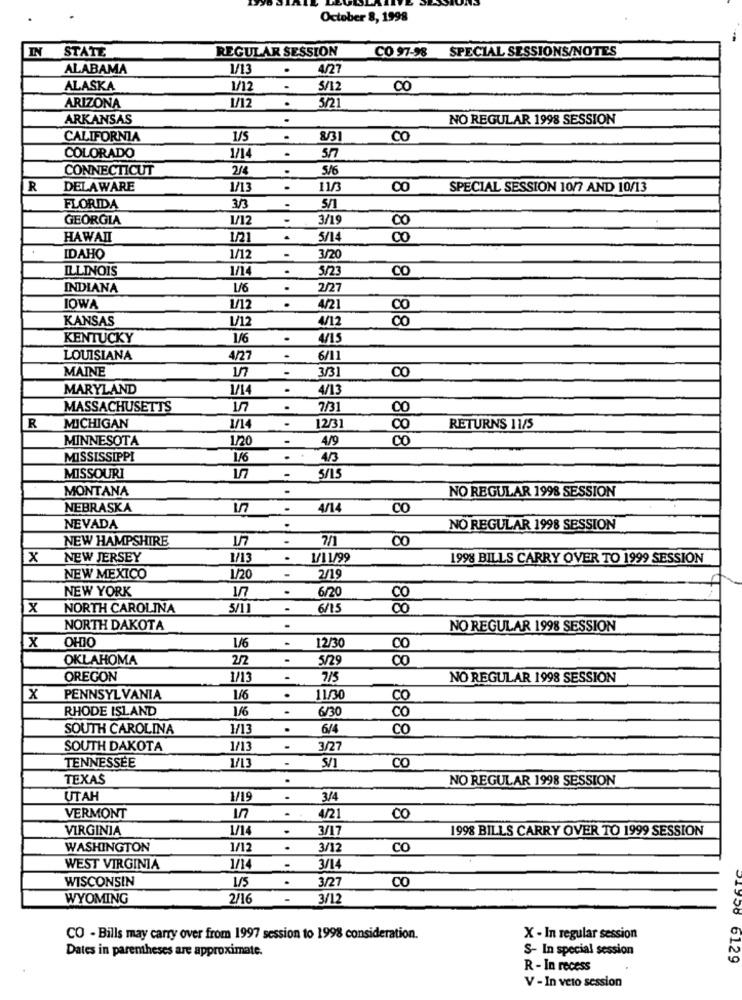
October 8, 1998
IN
STATE
REGULAR SESSION
CO 97-98 SPECIAL SESSIONS/NOTES
ALABAMA
1/13
.
4/27
ALASKA
1/12
.
5/12
CO
ARIZONA
1/12
.
5/21
ARKANSAS
.
NO REGULAR 1998 SESSION
CALIFORNIA
.
8/31
CO
COLORADO
5/7
1/14
.
CONNECTICUT
2/4
.
5/6
R
DELAWARE
1/13
11/3
CO
SPECIAL SESSION 10/7 AND 10/13
FLORIDA
3/3
.
GEORGIA
1/12
3/19
HAWAII
1/2
5/14
Co
IDAHO
1/12
3/20
ILLINOIS
1/14
.
5/23
CO
INDIANA
1/6
.
2/27
IOWA
1/12
4/21
CO
KANSAS
1/12
4/12
co
KENTUCKY
1/6
.
LOUISIANA
4/27
.
6/11
MAINE
-
3/31
CO
MARYLAND
1/14
.
4/13
MASSACHUSETTS
.
7/31
00
R
MICHIGAN
1/14
12/31
RETURNS 11/5
MINNESOTA
1/20
4/9
CO
MISSISSIPPI
.
4/3
MISSOURI
1/7
5/15
MONTANA
.
NO REGULAR 1998 SESSION
NEBRASKA
1/7
.
4/14
CO
NEVADA
NO REGULAR 1998 SESSION
NEW HAMPSHIRE
1/7
CO
x
NEW JERSEY
1/13
.
1/11/99
1998 BILLS CARRY OVER TO 1999 SESSION
NEW MEXICO
1/20
-
2/19
NEW YORK
177
.
6/20
CO
x
NORTH CAROLINA
.
6/15
CO
NORTH DAKOTA
.
NO REGULAR 1998 SESSION
OHIO
1/6
-
X
12/30
OKLAHOMA
2/2
5/29
8181
OREGON
1/13
7/5
NO REGULAR 1998 SESSION
X
PENNSYLVANIA
1/6
.
11/30
CO
RHODE ISLAND
1/6
.
6/30
co
SOUTH CAROLINA
1/13
.
6/4
CO
SOUTH DAKOTA
1/13
3/27
TENNESSEE
.
S/1
CO
TEXAS
NO REGULAR 1998 SESSION
UTAH
1/19
.
3/4
VERMONT
4/21
CO
VIRGINIA
1/14
3/17
1998 BILLS CARRY OVER TO 1999 SESSION
WASHINGTON
1/12
.
3/12
CO
WEST VIRGINIA
1/14
.
3/14
WISCONSIN
1/5
.
3/27
CO
WYOMING
2/16
-
3/12
CO - Bills may carry over from 1997 session to 1998 consideration.
X - In regular session
Dates in parentheses are approximate.
S- In special session
21956 6129
R - In recess
V - In veto session